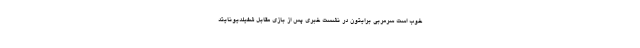
خوب است سرمربی برایتون در نشست خبری پس از بازی مقابل شفیلدیونایتد